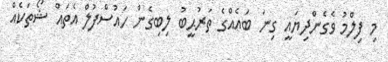
މި ފިލްމު ވެގެންދިޔައީ ގިނަ ބައެއްގެ ތަރުޙީބު ލިބިގެން ހައުސްފުލް އެތައް ޝޯތަކެއް